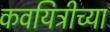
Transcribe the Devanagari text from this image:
कवयित्रीच्या